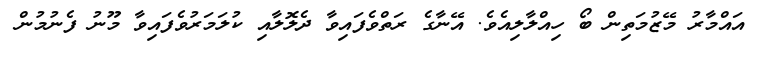
އައްމާރު މޭޒުމަތިން ބޯ ހިއްލާލިއެވެ. އޭނާގެ ރަތްވެފައިވާ ދެލޮލާއި ކުލަމަރުވެފައިވާ މޫނު ފެނުމުން